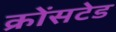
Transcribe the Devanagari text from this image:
क्रोंसटेड